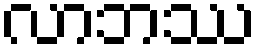
လာဘဿ